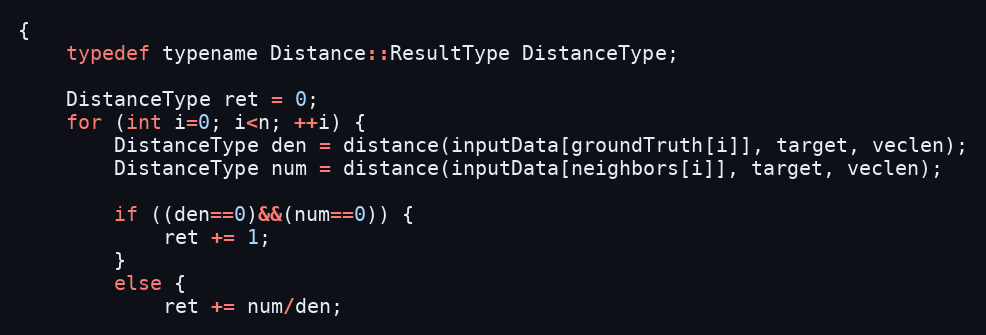
Language: C
{
    typedef typename Distance::ResultType DistanceType;

    DistanceType ret = 0;
    for (int i=0; i<n; ++i) {
        DistanceType den = distance(inputData[groundTruth[i]], target, veclen);
        DistanceType num = distance(inputData[neighbors[i]], target, veclen);

        if ((den==0)&&(num==0)) {
            ret += 1;
        }
        else {
            ret += num/den;